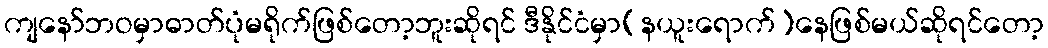
ကျနော်ဘဝမှာဓာတ်ပုံမရိုက်ဖြစ်တော့ဘူးဆိုရင် ဒီနိုင်ငံမှာ(နယူးရောက်)နေဖြစ်မယ်ဆိုရင်တော့